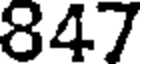
847